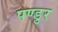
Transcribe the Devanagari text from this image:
पण्डुर